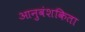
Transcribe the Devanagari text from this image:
आनुवंशकिता